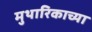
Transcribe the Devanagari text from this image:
मुथारिकाच्या